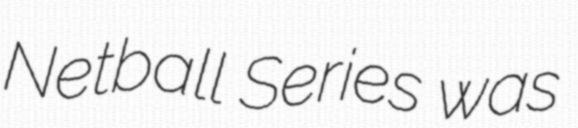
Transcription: Netball Series was